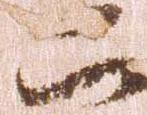
二